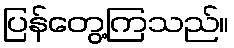
ပြန်တွေ့ကြသည်။